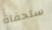
سلحفاة